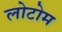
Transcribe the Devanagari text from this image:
लोटोम